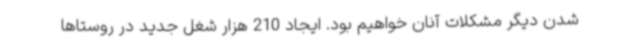
شدن دیگر مشکلات آنان خواهیم بود. ایجاد 210 هزار شغل جدید در روستاها